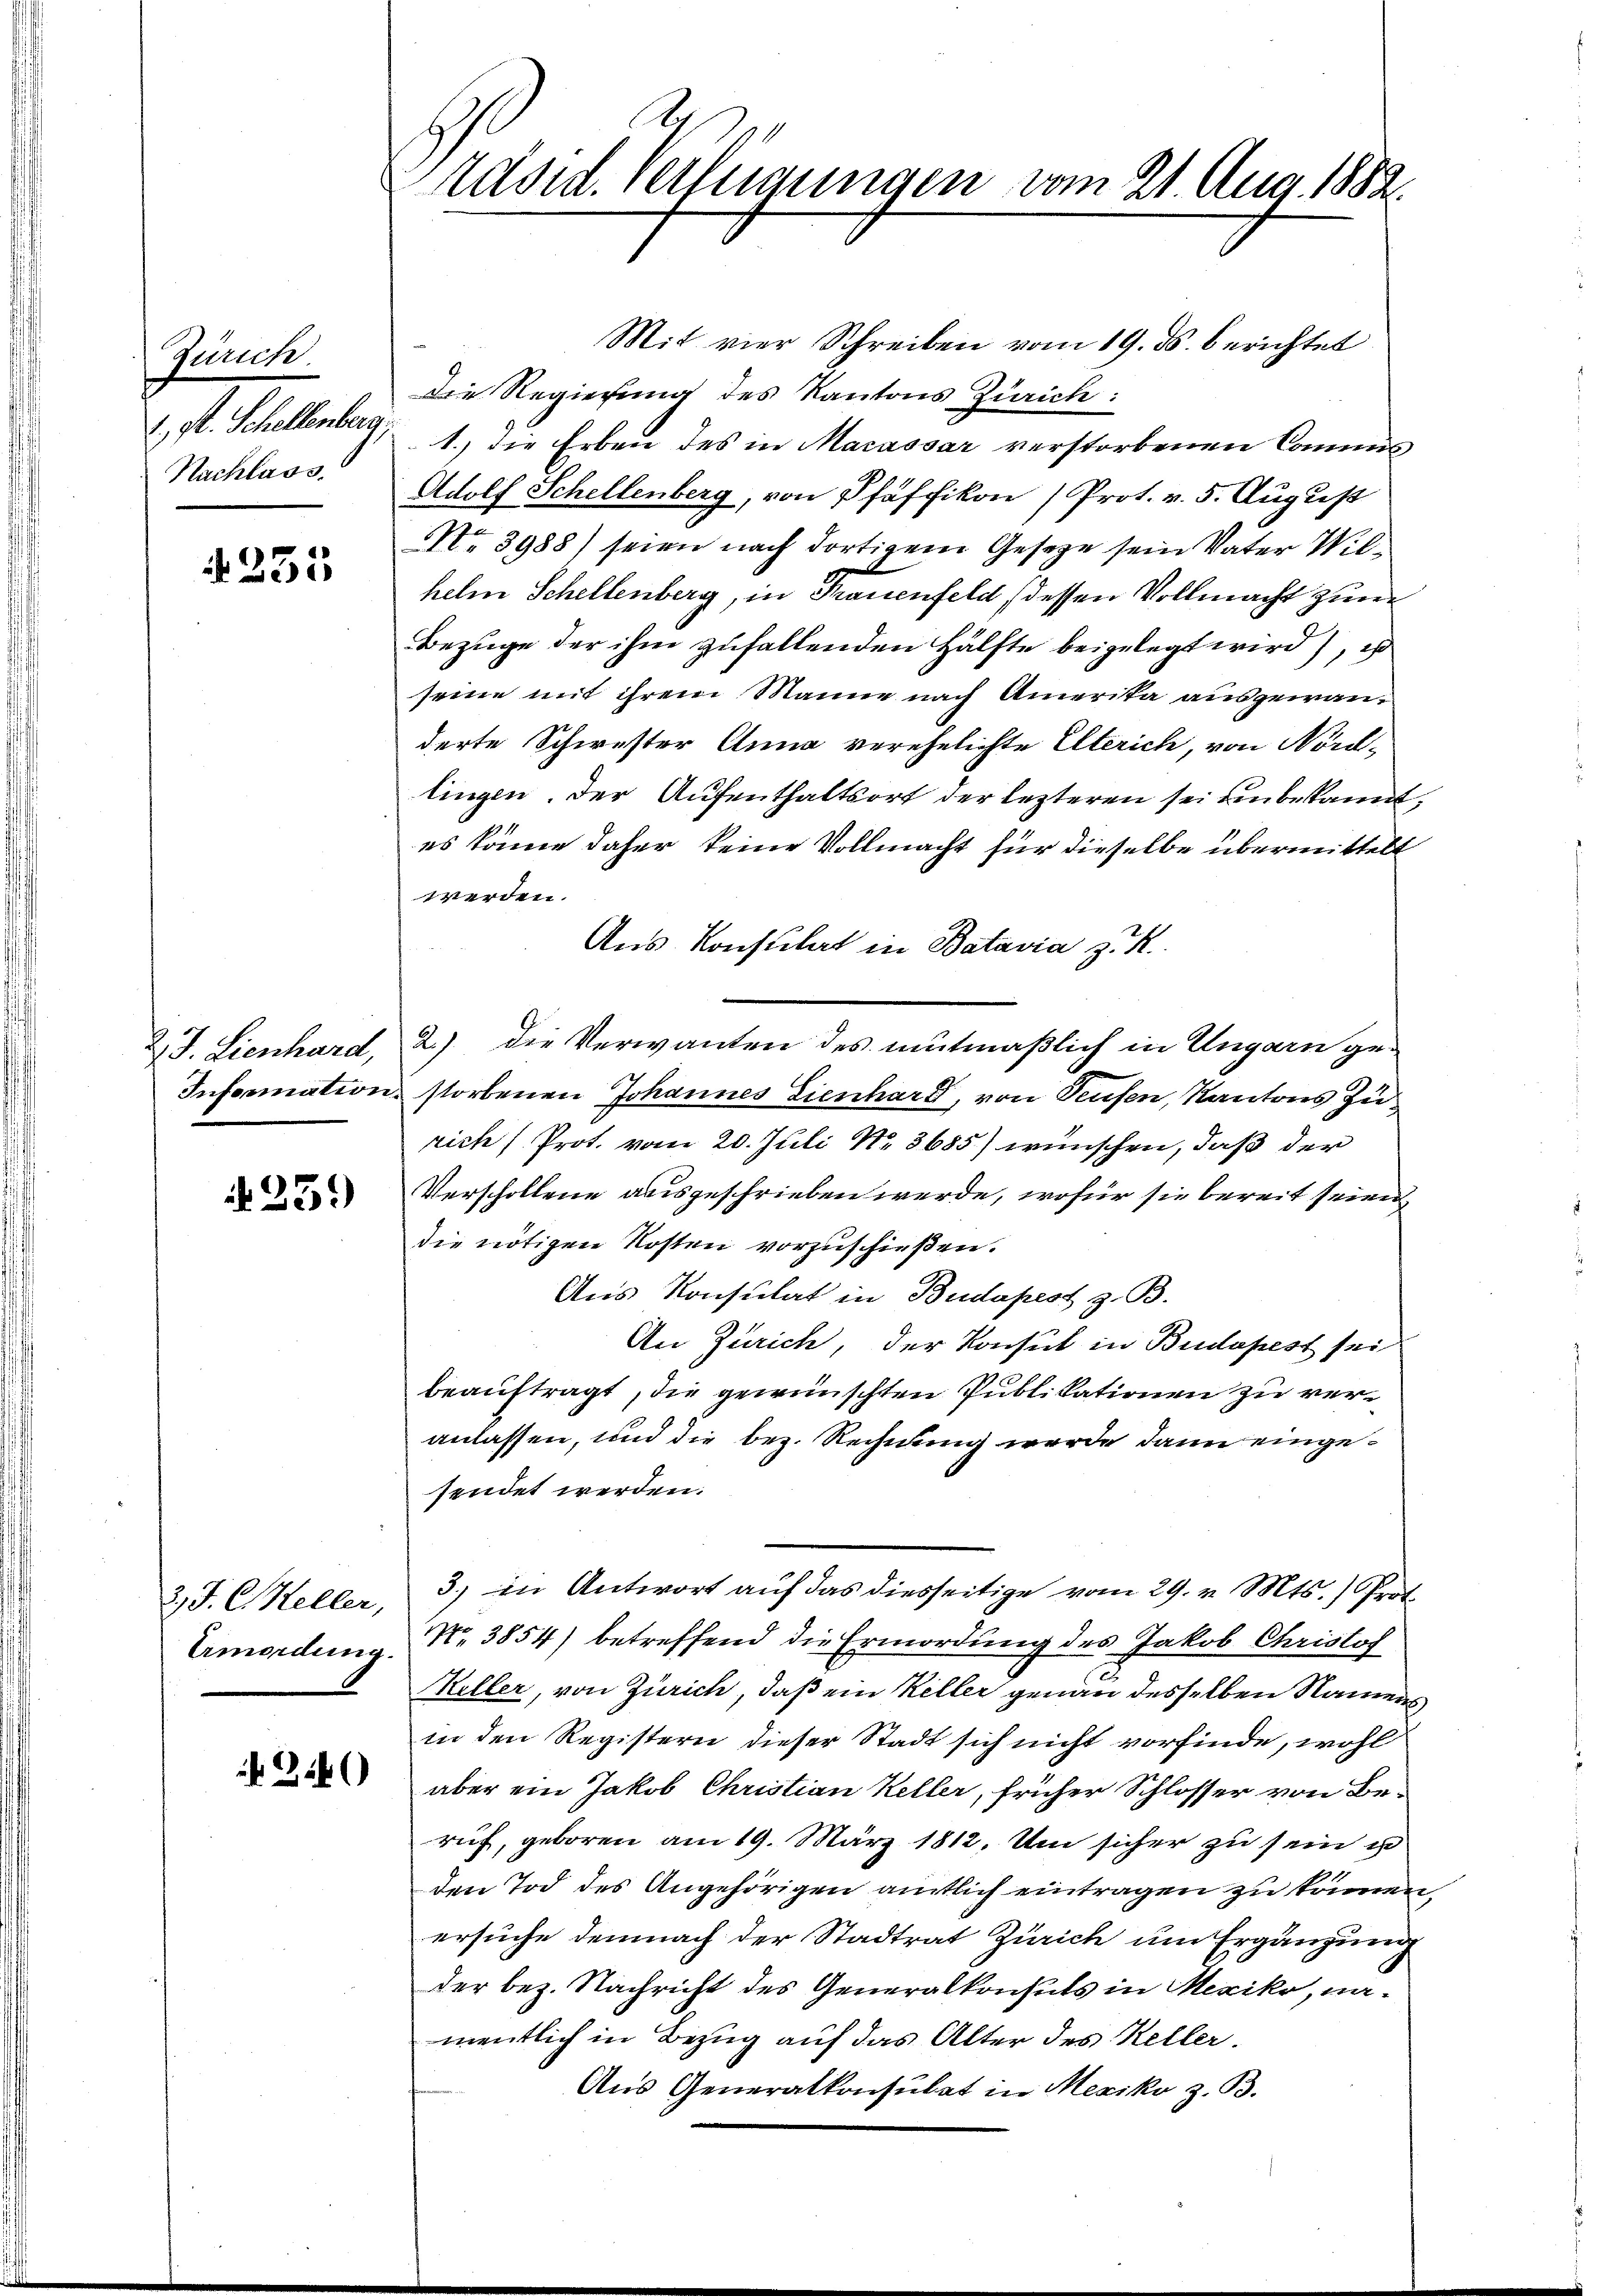
Zürich.
., F. Schellenberg,
Nachlass.

333

2 J. Lienhard,

N 23.

2 J. C. Heller,
Amordung.

34)

Madont. Verfügungen vom 21. Aug. 1882.

Mit vier Schreiben vom 19. ds. berichtet
Die Regierung des Kantons Zürich:
1.) Die Erben des in Macassar verstorbenen Commis
Adolf Schellenberg, von Pfäffikon (Prot. v. 5. August
No. 3988) seien nach dortigem Gesetze sein Vater Wilhelm Schellenberg, in Frauenfeld (dessen Vollmacht zum
Bezüge der ihm zufallenden Hälfte beigelegt wird, ist
seine mit ihrem Manne nach Amerika ausgewanderte Schwester Anna verehelichte Elterich, von Nordlingen. Der Aufenthaltsort der lezteren sei ein bekannt,
es könne daher keine Vollmacht für dieselbe übermittelt
werden.
Aus Konsulat in Batavia z. R.
2.) die Verwanten des mitmaßlich in Ungarn ge¬
Information storbenen Johannes Lienhard, von Seufen, Kantons Zurich (Prot. vom 20. Juli N. 8685) wünschen, daß der
Verschollene ausgeschrieben werde, wofür sie bereit seien
die nötigen Kosten vorzuschießen.
Aus Konsulat in Budapest z. B.
An Zürich, der Konsul in Budapest sei
beauftragt, die gewünschten Publikationen zu veranlassen, und die bez. Rechnung werde dann eingesendet werden.
3) in Antwort auf das diesseitige vom 29. v. Mts.) Proto
No. 3854) betreffend die Ermordung des Jakob Christof
Keller, von Zürich, daß ein Keller genau desselben Namens
in den Registern dieser Stadt sich nicht vorfinde, wohl
aber ein Jakob Christian Keller, früher Schlosser von Be-
ruf, geboren am 19. März 1812. Um sicher zu sein ist
den Tod des Angehörigen amtlich eintragen zu können,
ersuche demnach der Stadtrat Zürich um Ergänzung
der bez. Nachricht des Generalkonsuls in Mexiko, namentlich in Bezug auf das Alter des Keller.
Aus Generalkonsulat in Mexiko z. B.